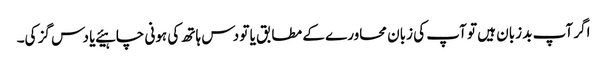
اگر آپ بد زبان ہیں تو آپ کی زبان محاورے کے مطابق یا تو دس ہاتھ کی ہونی چاہیئے یا دس گز کی۔